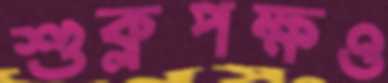
শুক্লপক্ষও